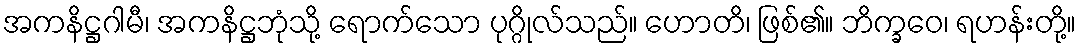
အကနိဋ္ဌဂါမီ၊ အကနိဋ္ဌဘုံသို့ ရောက်သော ပုဂ္ဂိုလ်သည်။ ဟောတိ၊ ဖြစ်၏။ ဘိက္ခဝေ၊ ရဟန်းတို့။